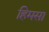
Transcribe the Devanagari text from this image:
हिमसा